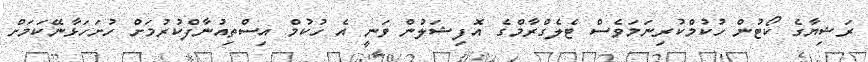
ރަޝިޔާގެ ކޯޓުން ހުކުމްކުރިނަމަވެސް ޓެލެގްރާމްގެ އޮފިޝަލުން ވަނީ އެ ހުކުމް އިސްތިއުނާފްކުރުމަށް ހުށަހަޅާނޭކަމަށް